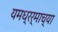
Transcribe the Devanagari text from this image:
यमध्रर्माच्या